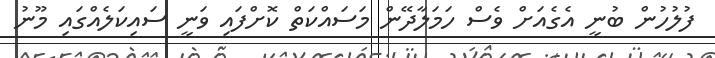
ފުލުހުން ބުނީ އެގެއަށް ވެސް ހަމަލާދޭން މަސައްކަތް ކޮށްފައި ވަނީ ސައިކަލެއްގައި މޫނު